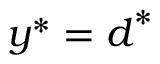
\boldsymbol { y } ^ { * } = \boldsymbol { d } ^ { * }